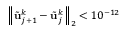
{ \left\| \tilde { \mathbf { u } } _ { j + 1 } ^ { k } - \tilde { \mathbf { u } } _ { j } ^ { k } \right\| } _ { 2 } < 1 0 ^ { - 1 2 }